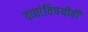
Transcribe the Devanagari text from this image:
वाद्यांविषयीही